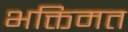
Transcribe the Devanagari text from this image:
भक्तिमत